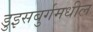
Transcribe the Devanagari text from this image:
डुइसबुर्गमधील